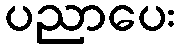
ပညာပေး